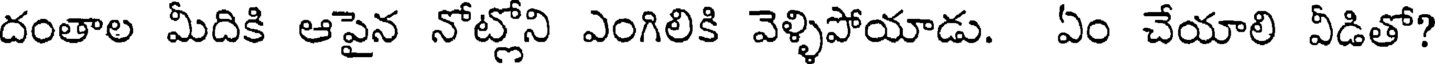
దంతాల మీదికి ఆపైన నోట్లోని ఎంగిలికి వెళ్ళిపోయాడు. ఏం చేయాలి వీడితో?